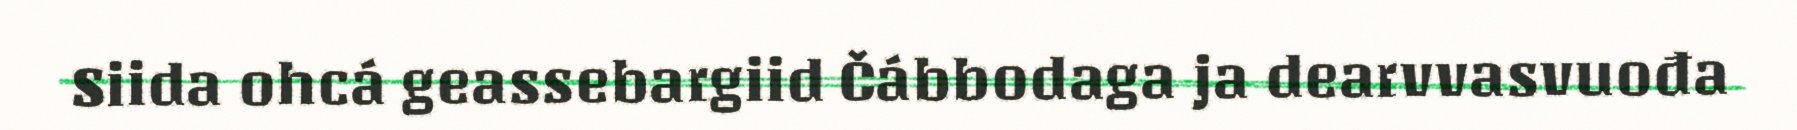
Siida ohcá geassebargiid Čábbodaga ja dearvvasvuođa